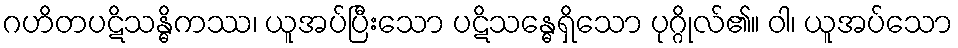
ဂဟိတပဋိသန္ဓိကဿ၊ ယူအပ်ပြီးသော ပဋိသန္ဓေရှိသော ပုဂ္ဂိုလ်၏။ ဝါ၊ ယူအပ်သော